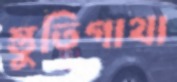
স্তুতিগাথা